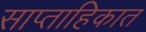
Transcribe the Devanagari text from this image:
साप्‍ताहिकात